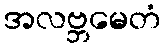
အလဗ္ဘမေတံ